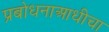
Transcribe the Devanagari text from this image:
प्रबोधनाआधीचा